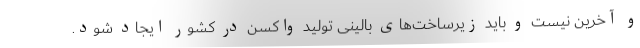
و آخرین نیست و باید زیرساخت‌های بالینی تولید واکسن در کشور ایجاد شود.